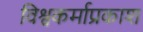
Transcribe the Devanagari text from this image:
विश्वकर्माप्रकाश